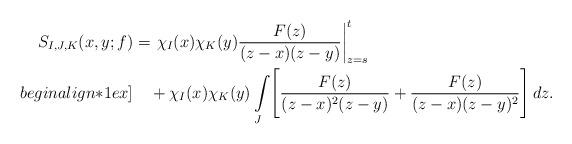
LaTeX: \begin{align*}S_{I,J,K}(x,y; f)&=\left.\chi_I(x) \chi_K(y)\frac{F(z)}{(z-x)(z-y)}\right|_{z=s}^{t} \\begin{align*}1ex]&\ \ \ + \chi_I(x)\chi_K(y)\int\limits_J \Biggl[\frac{F(z)}{(z-x)^2(z-y)}+\frac{F(z)}{(z-x)(z-y)^2}\Biggr]\, dz.\end{align*}